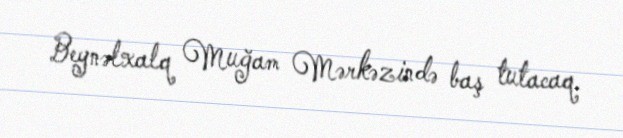
Beynəlxalq Muğam Mərkəzində baş tutacaq.